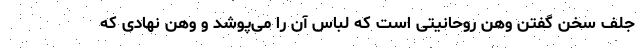
جلف سخن گفتن وهن روحانیتی است که لباس آن را می‌پوشد و وهن نهادی که